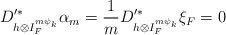
\begin{align*} D'^*_{h\otimes I_F^{m\psi_k}}\alpha_m=\frac{1}{m}D'^*_{h\otimes I_F^{m\psi_k}}\xi_F=0 \end{align*}